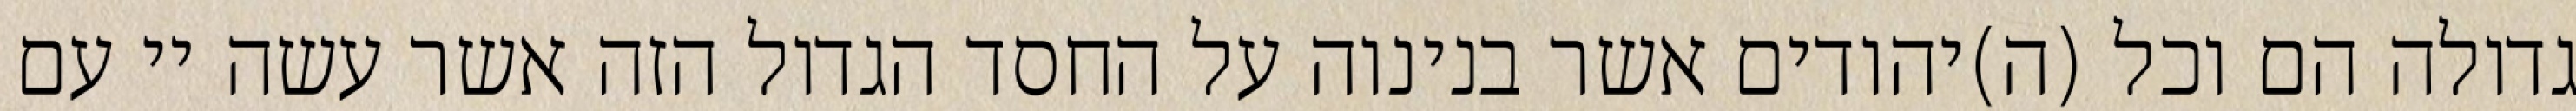
גדולה הם וכל (ה)יהודים אשר בנינוה על החסד הגדול הזה אשר עשה יי עם